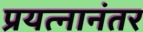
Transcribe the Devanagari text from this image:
प्रयत्नानंतर